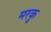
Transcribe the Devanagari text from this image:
मरकु